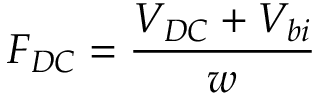
F _ { D C } = \frac { V _ { D C } + V _ { b i } } { w }